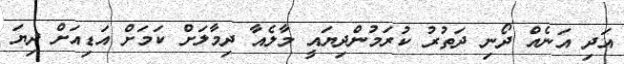
އަދި އަނެއް ދޯނި ދަތުރު ކުރަމުންދިޔައީ މާލެއާ ދިމާލަށް ކަމަށް އަޑިއަށް ދިޔަ